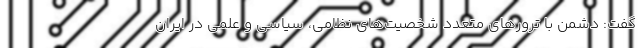
گفت: دشمن با ترورهای متعدد شخصیت‌های نظامی، سیاسی و علمی در ایران